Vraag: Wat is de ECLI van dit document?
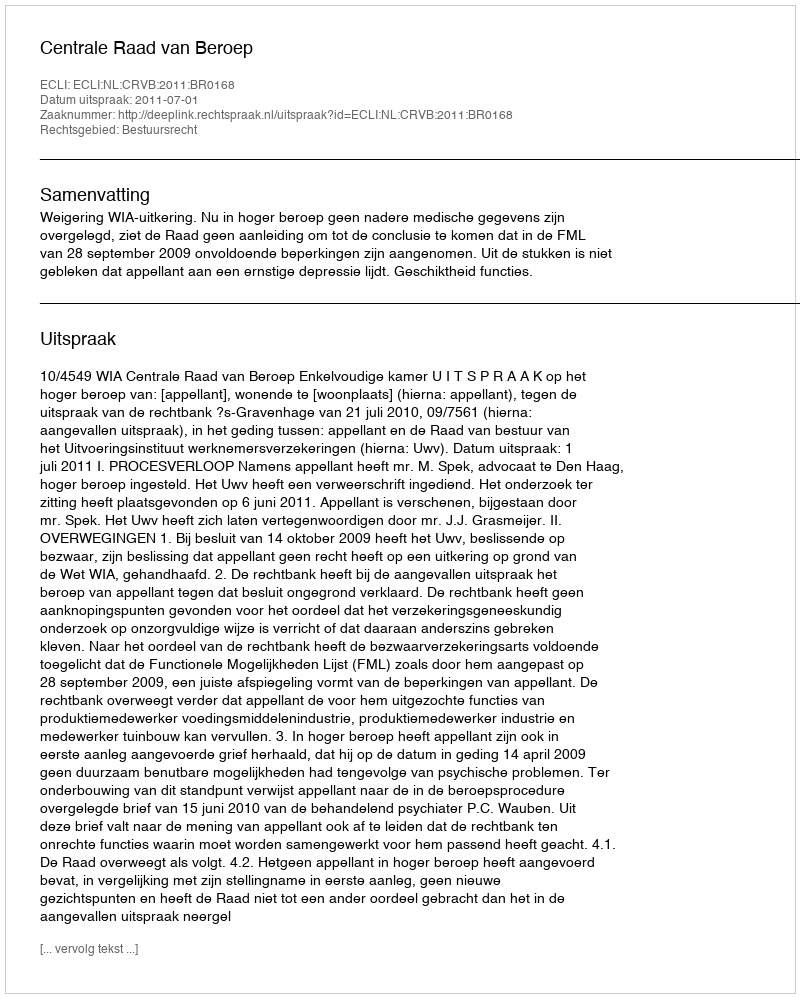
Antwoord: ECLI:NL:CRVB:2011:BR0168